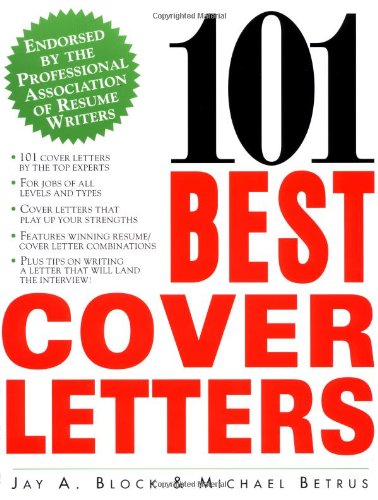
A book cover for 101 Best Cover Letters; Jay A. Block; Business & Money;